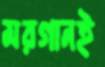
মরগানই